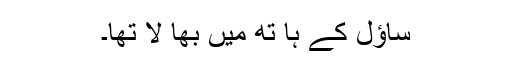
ساؤل کے ہا تھ میں بھا لا تھا۔